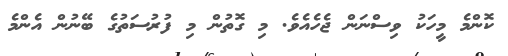
ކޮންމެ މީހަކު ވިސްނަން ޖެހެއެވެ. މި ގޮތުން މި ފުރުސަތުގެ ބޭނުން އެންމެ